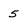
Character: 5